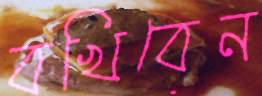
বখিবেন